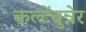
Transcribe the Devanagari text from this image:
कल्टेंब्रुन्नेर